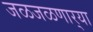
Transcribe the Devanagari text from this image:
जळजळणार्‍या